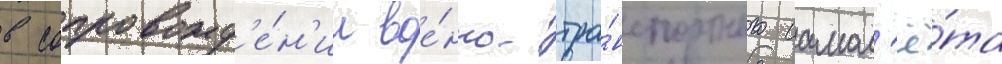
в сопровожд'е́н'ии вое́нно-тра́нспортного самол'ё́та